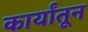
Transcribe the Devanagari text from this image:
कार्यांतून